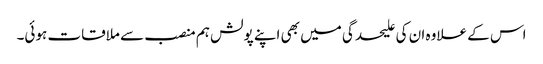
اس کے علاوہ ان کی علیحدگی میں بھی اپنے پولش ہم منصب سے ملاقات ہوئی۔